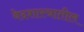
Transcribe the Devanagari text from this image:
वेदशास्त्रातील